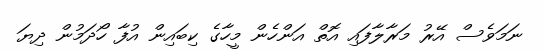
ނަމަވެސް އޭރު މަރާލާފައި އޮތް އަންހެން މީހާގެ ކިބައިން އުފާ ހޯދަމުން ދިޔަ